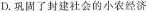
D.巩固了封建社会的小农经济